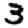
Digit: 3